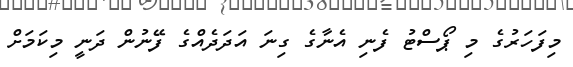
މިފަހަރުގެ މި ޕޯސްޓު ފެނި އެނާގެ ގިނަ އަދަދެއްގެ ފޭނުން ދަނީ މިކަމަށް